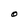
Character: O